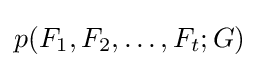
p(F_{1},F_{2},\ldots ,F_{t};G)